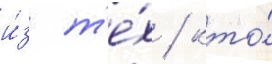
и́з т'е́х / кто́